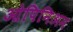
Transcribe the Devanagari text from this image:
ओपिनिअन